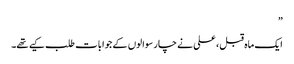
”
ایک ماہ قبل ، علی نے چار سوالوں کے جوابات طلب کیے تھے۔